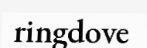
ringdove